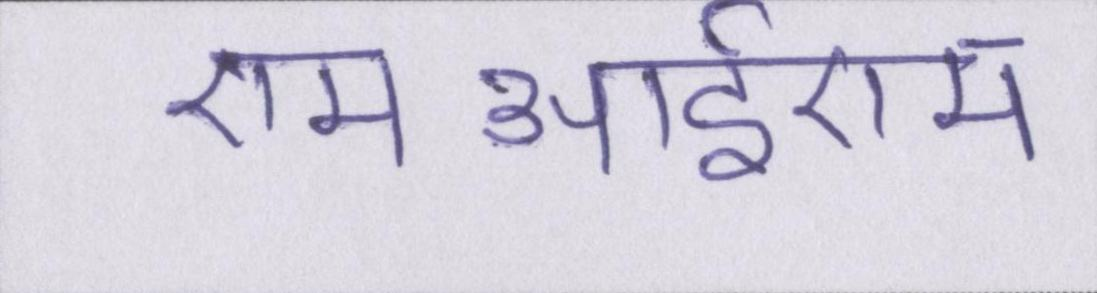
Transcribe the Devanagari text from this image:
एमआईएम